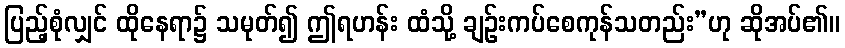
ပြည့်စုံလျှင် ထိုနေရာ၌ သမုတ်၍ ဤရဟန်း ထံသို့ ချဉ်းကပ်စေကုန်သတည်း”ဟု ဆိုအပ်၏။